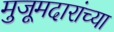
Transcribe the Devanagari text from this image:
मुजूमदारांच्या